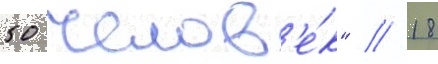
50 челов'е́к" // 18